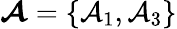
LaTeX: \boldsymbol{\mathcal{A}}=\{ \mathcal{A}_{1},\mathcal{A}_{3}\}